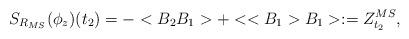
LaTeX: \begin{align*}S_{R_{MS}}(\phi_z)(t_2)=-<B_2B_1>+<<B_1>B_1>:=Z^{MS}_{t_2},\end{align*}